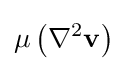
\mu \left(\nabla ^{2}\mathbf {v} \right)